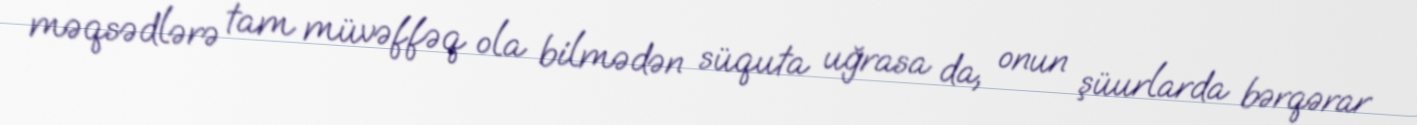
məqsədlərə tam müvəffəq ola bilmədən süquta uğrasa da, onun şüurlarda bərqərar